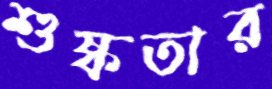
শুষ্কতার